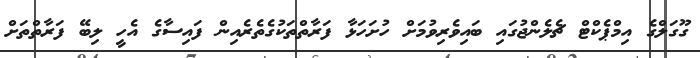
ގޫގަލްގެ އިމްޕެކްޓް ޗެލެންޖުގައި ބައިވެރިވުމަށް ހުށަހަޅާ ފަރާތްތަކުގެތެރެއިން ފައިސާގެ އެހީ ލިބޭ ފަރާތްތަށް